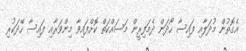
އެގޮތުން މުދަލާއި ފައިސާ ހޯދަން ދެމަފިރީން މަސައްކަތް ކޮށްފައިވާ މިންވަރާއި ފައިސާ ހޭދަކުރި